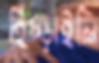
হিঁচ্‌ড়াইলি